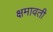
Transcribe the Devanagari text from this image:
क्षमावती